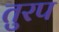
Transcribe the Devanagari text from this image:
तुरप